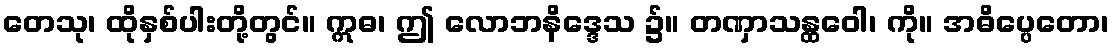
တေသု၊ ထိုနှစ်ပါးတို့တွင်။ ဣဓ၊ ဤ လောဘနိဒ္ဒေသ ၌။ တဏှာသန္ထဝေါ၊ ကို။ အဓိပ္ပေတော၊